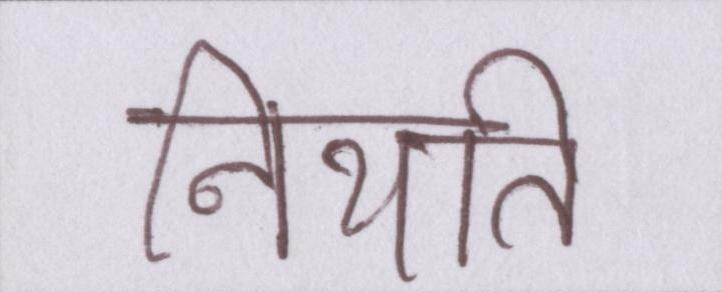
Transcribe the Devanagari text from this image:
नियति